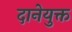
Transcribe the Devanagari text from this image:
दानेयुक्त